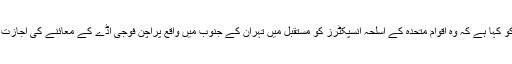
ایران نے پیر کو کہا ہے کہ وہ اقوامِ متحدہ کے اسلحہ انسپکٹرز کو مستقبل میں تہران کے جنوب میں واقع پراچن فوجی اڈے کے معائنے کی اجازت دے سکتا ہے۔